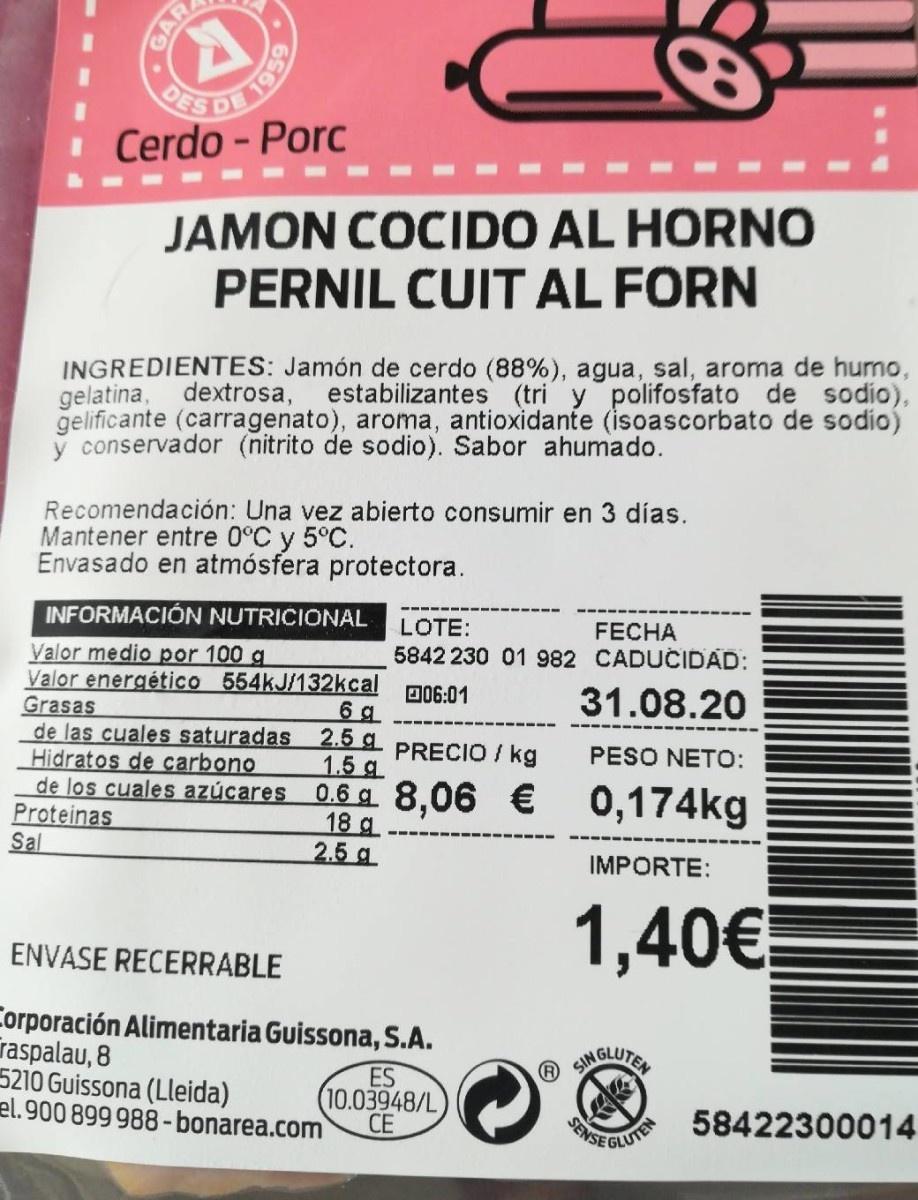
DES DE Cerdo - Porc
JAMON COCIDO AL HORNO PERNIL CUIT AL FORN
INGREDIENTES: Jamón de cerdo (88%), agua, sal, aroma de humo, gelatina, dextrosa, gelificante (carragenato), aroma, antioxidante (isoascorbato de sodio) y conservador (nitrito de sodio). Sabor ahumado.
estabilizantes (tri y polifosfato de sodio),
Recomendación: Una vez abierto consumir en 3 días. Mantener entre 0°C y 5°C. Envasado en atmósfera protectora.
INFORMACIÓN NUTRICIONAL
LOTE:
FECHA
5842 230 01 982 CADUCIDAD:
Valor medio por 100 g Valor energético 554KJ/132kcal Grasas de las cuales saturadas Hidratos de carbono de los cuales azúcares Proteinas Sal
D06:01
31.08.20
6 g 2.5 g 1.5 g 0.6 8,06 € 0,174kg
PRECIO / kg
PESO NETO:
18 g 2.5 g
IMPORTE:
1,40€
ENVASE RECERRABLE
Corporación Alimentaria Guissona, S.A. raspalau, 8 5210 Guissona (Lleida) el.900 899 988 -bonarea.com
® SINGLUTE
ES (10.03948/L СЕ
SENSE
ANE CLUTE 58422300014
GAR